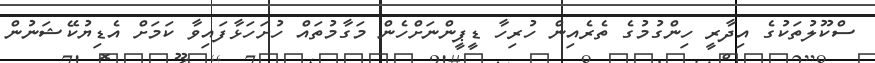
ސްކޫލުތަކުގެ އިދާރީ ހިންގުމުގެ ތެރެއިން ހުރިހާ ޑީޕީންނަށްހެން މަގާމުތައް ހުށަހަޅާފައިވާ ކަމަށް އެޑިޔުކޭޝަނުން